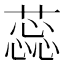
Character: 蕊